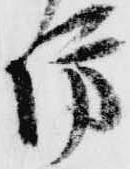
坊